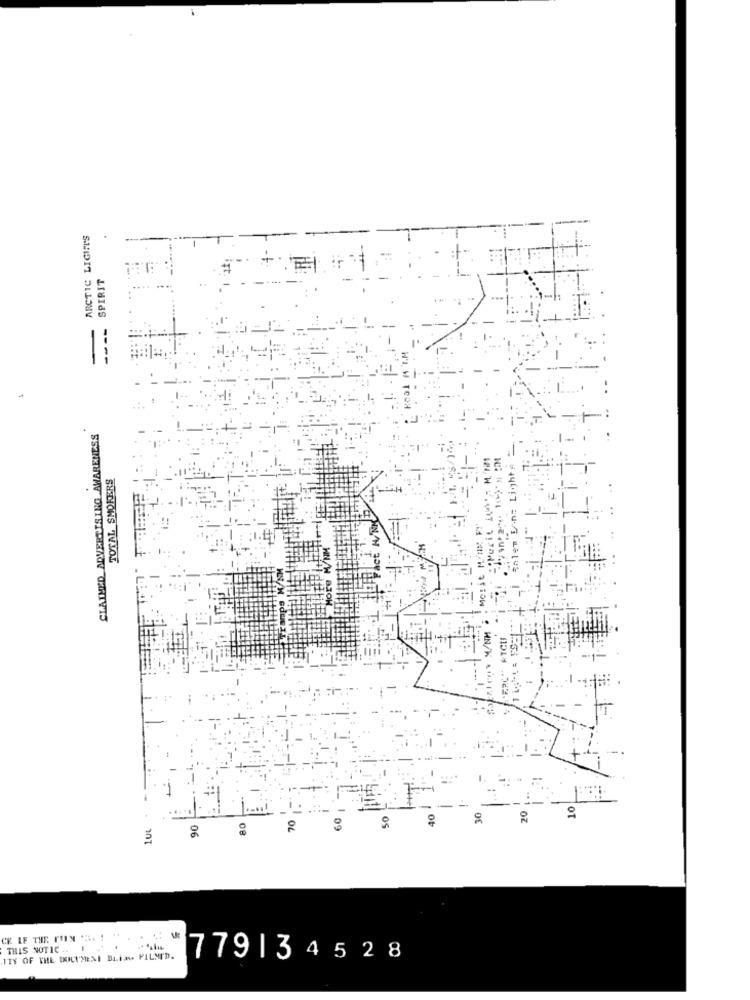
ARCTIC LIGIT'S
--
SPIRIT
+ ..
--
CLAIMED ADVERTISING AWARENESS
= Lights
TOTAL SMOKERS
$hlem 5
*ERC
10
70
60
50
40
20
1u
90
80
CE IF THE COIN "SE !
THIS NOTIC ..
ITY OF THE DOCUMESI BLINGS FILMI'D.
779134528